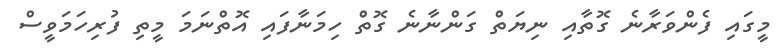
މީގައި ފެންވަރާނެ ގޮތާއި ނިޔަތް ގަންނާނެ ގޮތް ހިމަނާފައި އޮތްނަމަ މީތި ފުރިހަމަވީސް